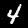
Digit: 4